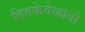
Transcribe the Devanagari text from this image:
तितकेवेळातो